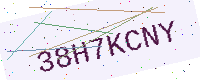
Text: 38H7KCNY